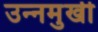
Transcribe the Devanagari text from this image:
उन्‍नमुखी